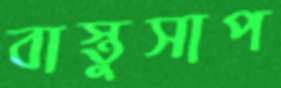
বাস্তুসাপ